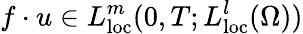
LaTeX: f\cdot u\in L_{\mathrm{loc}}^{m}(0,T;L_{\mathrm{loc}}^{l}(\Omega))